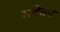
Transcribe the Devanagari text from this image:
सर्वेतम